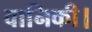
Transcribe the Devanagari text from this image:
वानिकी।